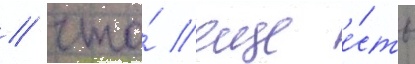
/ что́ еще е́сть